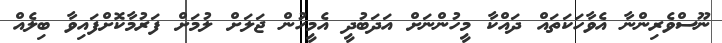
ނޫސްވެރިންނާ އެވާހަކަތައް ދައްކާ މީހުންނަށް އަދަބުދީ އެމީހުން ޖަލަށް ލުމަށް ފަރުމާކޮށްފައިވާ ބިލެއް